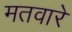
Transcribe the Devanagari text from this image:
मतवारे